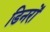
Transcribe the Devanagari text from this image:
डिनरों